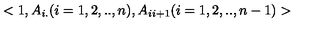
< 1 , A _ { i . } ( i = 1 , 2 , . . , n ) , A _ { i i + 1 } ( i = 1 , 2 , . . , n - 1 ) >